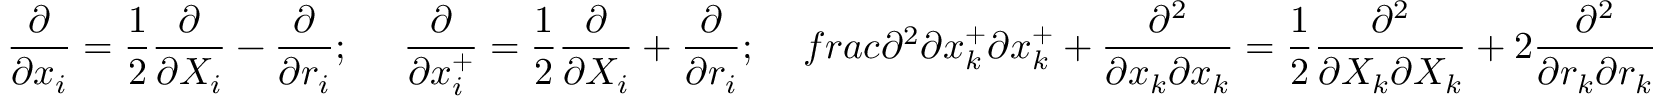
\frac { \partial } { \partial x _ { i } } = \frac { 1 } { 2 } \frac { \partial } { \partial X _ { i } } - \frac { \partial } { \partial r _ { i } } ; \ \ \ \ \frac { \partial } { \partial x _ { i } ^ { + } } = \frac { 1 } { 2 } \frac { \partial } { \partial X _ { i } } + \frac { \partial } { \partial r _ { i } } ; \ \ \ \, f r a c { \partial ^ { 2 } } { \partial x _ { k } ^ { + } \partial x _ { k } ^ { + } } + \frac { \partial ^ { 2 } } { \partial x _ { k } \partial x _ { k } } = \frac { 1 } { 2 } \frac { \partial ^ { 2 } } { \partial X _ { k } \partial X _ { k } } + 2 \frac { \partial ^ { 2 } } { \partial r _ { k } \partial r _ { k } }